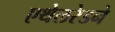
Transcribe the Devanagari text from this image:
एथेलरेडने